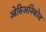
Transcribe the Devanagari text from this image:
ओसिअनिकोव